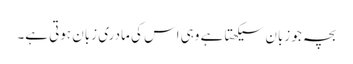
بچہ جو زبان سیکھتا ہے وہی اس کی مادری زبان ہوتی ہے۔